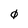
Character: 0